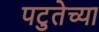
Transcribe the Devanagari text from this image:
पटुतेच्या